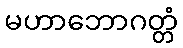
မဟာဘောဂတ္တံ